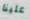
علينا